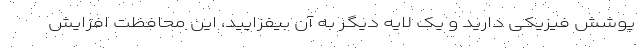
پوشش فیزیکی دارید و یک لایه دیگر به آن بیفزایید، این محافظت افزایش